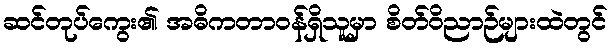
ဆင်တုပ်ကွေး၏ အဓိကတာဝန်ရှိသူမှာ စိတ်ဝိညာဉ်များထဲတွင်